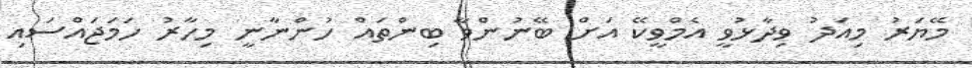
މޭޔަރު މިއަދު ވިދާޅުވީ އެމްވީކޭ އަށް ބޭނުންވާ ބިންތައް ހުންނާނީ މިހާރު ހަމަޖައްސައި